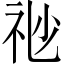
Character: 𥘷